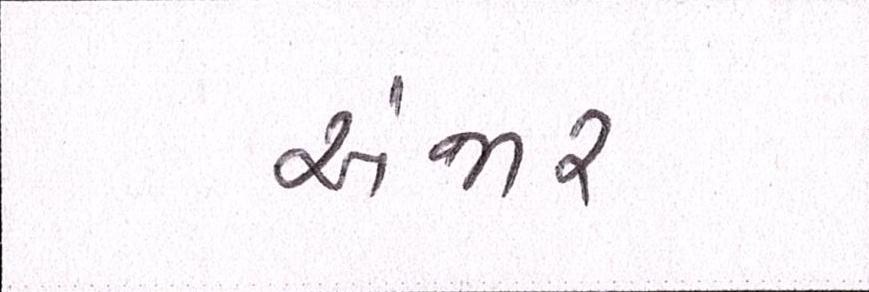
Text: અંજાર